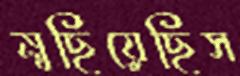
মুছিয়েছিস